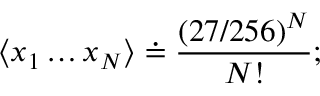
\langle x _ { 1 } \dots x _ { N } \rangle \doteq \frac { ( 2 7 / 2 5 6 ) ^ { N } } { N ! } ;